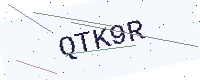
Text: QTK9R